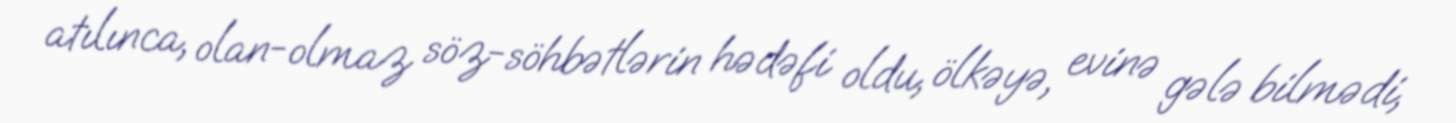
atılınca, olan-olmaz söz-söhbətlərin hədəfi oldu, ölkəyə, evinə gələ bilmədi,